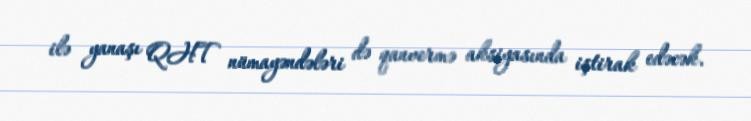
ilə yanaşı QHT nümayəndələri də qanvermə aksiyasında iştirak edəcək.